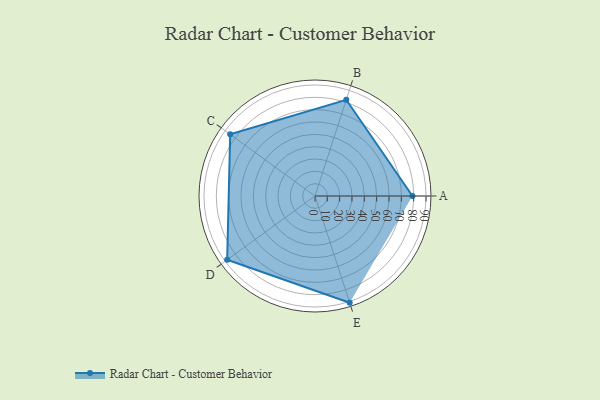
{"axis": {"x": "Skill", "y": "Score"}, "legend": ["Profile"], "data": [{"x": "A", "y": 79.0, "type": "Profile"}, {"x": "B", "y": 82.0, "type": "Profile"}, {"x": "C", "y": 85.0, "type": "Profile"}, {"x": "D", "y": 88.0, "type": "Profile"}, {"x": "E", "y": 91.0, "type": "Profile"}]}